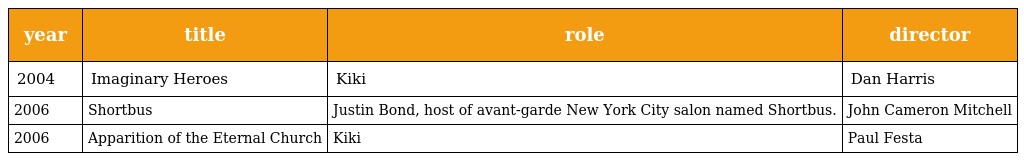
| year | title | role | director |
 | --- | --- | --- | --- |
 | 2004 | Imaginary Heroes | Kiki | Dan Harris |
 | 2006 | Shortbus | Justin Bond, host of avant-garde New York City salon named Shortbus. | John Cameron Mitchell |
 | 2006 | Apparition of the Eternal Church | Kiki | Paul Festa |